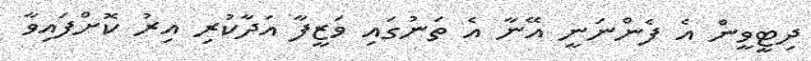
ދިޓީވީން އެ ފެންނަނީ އޭނާ އެ ތަނުގައި ވަޒީފާ އަދާކުރި އިރު ކޮށްފައިވާ